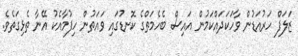
ޒަލަފް ހަރުއަޑުން ވާހަކަދައްކަމުން އައިސް ބެހެމަތްގެ ކޮނޑުގައި ވައަތުން ހިފުމާއެކު އޭނާ ތެޅިގަތެވެ.